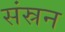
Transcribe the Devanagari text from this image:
संस्रन